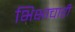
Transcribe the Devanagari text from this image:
भिक्षाचारी